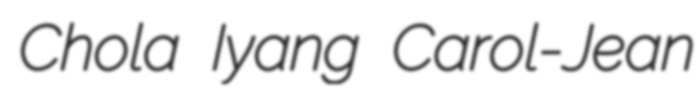
Chola Iyang Carol-Jean